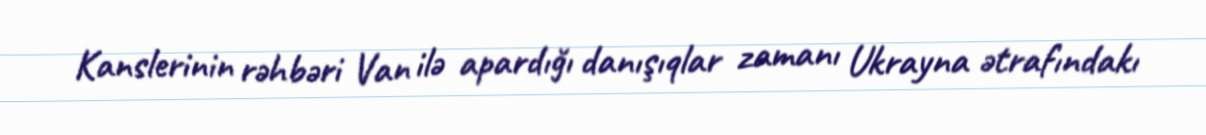
Kanslerinin rəhbəri Van ilə apardığı danışıqlar zamanı Ukrayna ətrafındakı